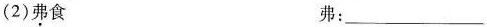
(2)弗食 弗：___